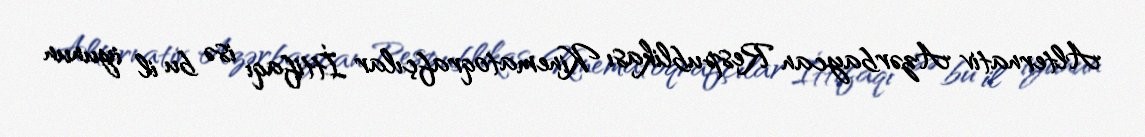
Alternativ Azərbaycan Respublikası Kinematoqrafçılar İttifaqı isə bu il iyunun